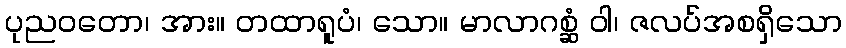
ပုညဝတော၊ အား။ တထာရူပံ၊ သော။ မာလာဂစ္ဆံ ဝါ၊ ဇလပ်အစရှိသော